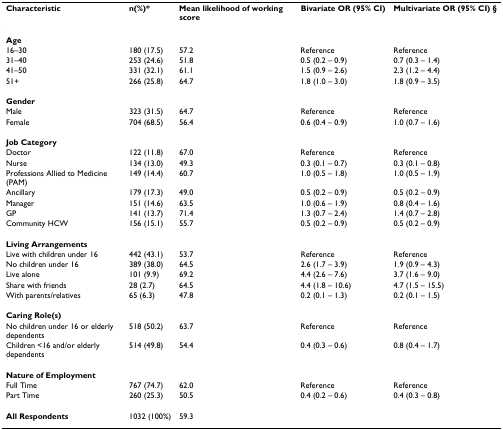
<table><thead><tr><td><b>Characteristic</b></td><td><b>n(%)*</b></td><td><b>Mean likelihood of working score</b></td><td><b>Bivariate OR (95% CI)</b></td><td><b>Multivariate OR (95% CI) §</b></td></tr></thead><tbody><tr><td><b>Age</b></td><td></td><td></td><td></td><td></td></tr><tr><td>16–30</td><td>180 (17.5)</td><td>57.2</td><td>Reference</td><td>Reference</td></tr><tr><td>31–40</td><td>253 (24.6)</td><td>51.8</td><td>0.5 (0.2 – 0.9)</td><td>0.7 (0.3 – 1.4)</td></tr><tr><td>41–50</td><td>331 (32.1)</td><td>61.1</td><td>1.5 (0.9 – 2.6)</td><td>2.3 (1.2 – 4.4)</td></tr><tr><td>51+</td><td>266 (25.8)</td><td>64.7</td><td>1.8 (1.0 – 3.0)</td><td>1.8 (0.9 – 3.5)</td></tr><tr><td><b>Gender</b></td><td></td><td></td><td></td><td></td></tr><tr><td>Male</td><td>323 (31.5)</td><td>64.7</td><td>Reference</td><td>Reference</td></tr><tr><td>Female</td><td>704 (68.5)</td><td>56.4</td><td>0.6 (0.4 – 0.9)</td><td>1.0 (0.7 – 1.6)</td></tr><tr><td><b>Job Category</b></td><td></td><td></td><td></td><td></td></tr><tr><td>Doctor</td><td>122 (11.8)</td><td>67.0</td><td>Reference</td><td>Reference</td></tr><tr><td>Nurse</td><td>134 (13.0)</td><td>49.3</td><td>0.3 (0.1 – 0.7)</td><td>0.3 (0.1 – 0.8)</td></tr><tr><td>Professions Allied to Medicine (PAM)</td><td>149 (14.4)</td><td>60.7</td><td>1.0 (0.5 – 1.8)</td><td>1.0 (0.5 – 1.9)</td></tr><tr><td>Ancillary</td><td>179 (17.3)</td><td>49.0</td><td>0.5 (0.2 – 0.9)</td><td>0.5 (0.2 – 0.9)</td></tr><tr><td>Manager</td><td>151 (14.6)</td><td>63.5</td><td>1.0 (0.6 – 1.9)</td><td>0.8 (0.4 – 1.6)</td></tr><tr><td>GP</td><td>141 (13.7)</td><td>71.4</td><td>1.3 (0.7 – 2.4)</td><td>1.4 (0.7 – 2.8)</td></tr><tr><td>Community HCW</td><td>156 (15.1)</td><td>55.7</td><td>0.5 (0.2 – 0.9)</td><td>0.5 (0.2 – 0.9)</td></tr><tr><td><b>Living Arrangements</b></td><td></td><td></td><td></td><td></td></tr><tr><td>Live with children under 16</td><td>442 (43.1)</td><td>53.7</td><td>Reference</td><td>Reference</td></tr><tr><td>No children under 16</td><td>389 (38.0)</td><td>64.5</td><td>2.6 (1.7 – 3.9)</td><td>1.9 (0.9 – 4.3)</td></tr><tr><td>Live alone</td><td>101 (9.9)</td><td>69.2</td><td>4.4 (2.6 – 7.6)</td><td>3.7 (1.6 – 9.0)</td></tr><tr><td>Share with friends</td><td>28 (2.7)</td><td>64.5</td><td>4.4 (1.8 – 10.6)</td><td>4.7 (1.5 – 15.5)</td></tr><tr><td>With parents/relatives</td><td>65 (6.3)</td><td>47.8</td><td>0.2 (0.1 – 1.3)</td><td>0.2 (0.1 – 1.5)</td></tr><tr><td><b>Caring Role(s)</b></td><td></td><td></td><td></td><td></td></tr><tr><td>No children under 16 or elderly dependents</td><td>518 (50.2)</td><td>63.7</td><td>Reference</td><td>Reference</td></tr><tr><td>Children &lt;16 and/or elderly dependents</td><td>514 (49.8)</td><td>54.4</td><td>0.4 (0.3 – 0.6)</td><td>0.8 (0.4 – 1.7)</td></tr><tr><td><b>Nature of Employment</b></td><td></td><td></td><td></td><td></td></tr><tr><td>Full Time</td><td>767 (74.7)</td><td>62.0</td><td>Reference</td><td>Reference</td></tr><tr><td>Part Time</td><td>260 (25.3)</td><td>50.5</td><td>0.4 (0.2 – 0.6)</td><td>0.4 (0.3 – 0.8)</td></tr><tr><td><b>All Respondents</b></td><td>1032 (100%)</td><td>59.3</td><td></td><td></td></tr></tbody></table>